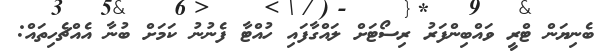
ބެނިޔަން ޓްރީ ވައްބިންފަރު ރިސޯޓަށް ލައްގާފައި ހުއްޓާ ފެނުނު ކަމަށް ބުނާ އެއްޗެހިތައް: